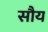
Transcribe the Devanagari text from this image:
सौय